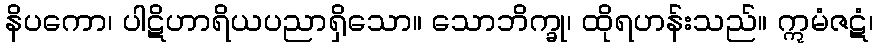
နိပကော၊ ပါဋိဟာရိယပညာရှိသော။ သောဘိက္ခု၊ ထိုရဟန်းသည်။ ဣမံဇဋံ၊